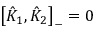
\left[ \hat { K } _ { 1 } , \hat { K } _ { 2 } \right] _ { - } = 0